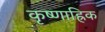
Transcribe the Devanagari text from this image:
कृष्णाह्रिक